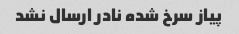
پیاز سرخ شده نادر ارسال نشد